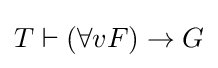
T\vdash (\forall vF)\rightarrow G